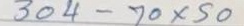
304 - 70 x 50